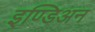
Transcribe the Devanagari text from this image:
इण्डिअन